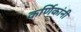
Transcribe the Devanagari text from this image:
कर्णिकांनी